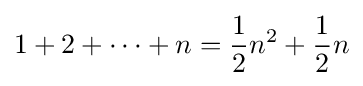
1+2+\dots +n={\frac {1}{2}}n^{2}+{\frac {1}{2}}n